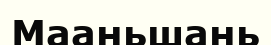
Мааньшань